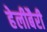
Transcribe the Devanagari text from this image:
हेलीबैरी